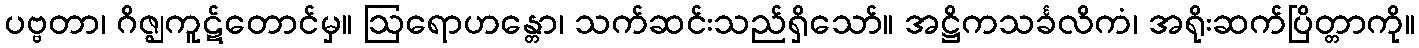
ပဗ္ဗတာ၊ ဂိဇ္ဈကူဋ်တောင်မှ။ ဩရောဟန္တော၊ သက်ဆင်းသည်ရှိသော်။ အဋ္ဌိကသင်္ခလိကံ၊ အရိုးဆက်ပြိတ္တာကို။